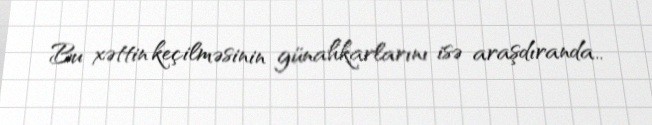
Bu xəttin keçilməsinin günahkarlarını isə araşdıranda..